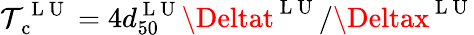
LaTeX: \mathcal{T}_{\mathrm{{~c~}}}^{\mathrm{{~L~U~}}}=4d_{50}^{\mathrm{{~L~U~}}}\Deltat^{\mathrm{{~L~U~}}}/\Deltax^{\mathrm{{~L~U~}}}